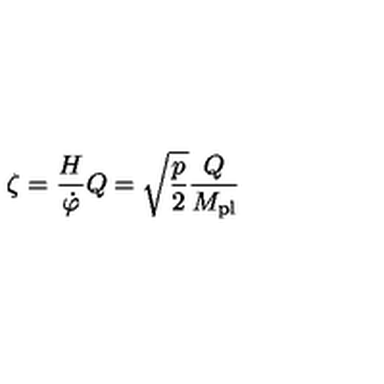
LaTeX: \zeta = \frac { H } { \dot { \varphi } } Q = \sqrt { \frac { p } { 2 } } \frac { Q } { M _ { \mathrm { p l } } }